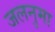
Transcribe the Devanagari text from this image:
जलनुमा